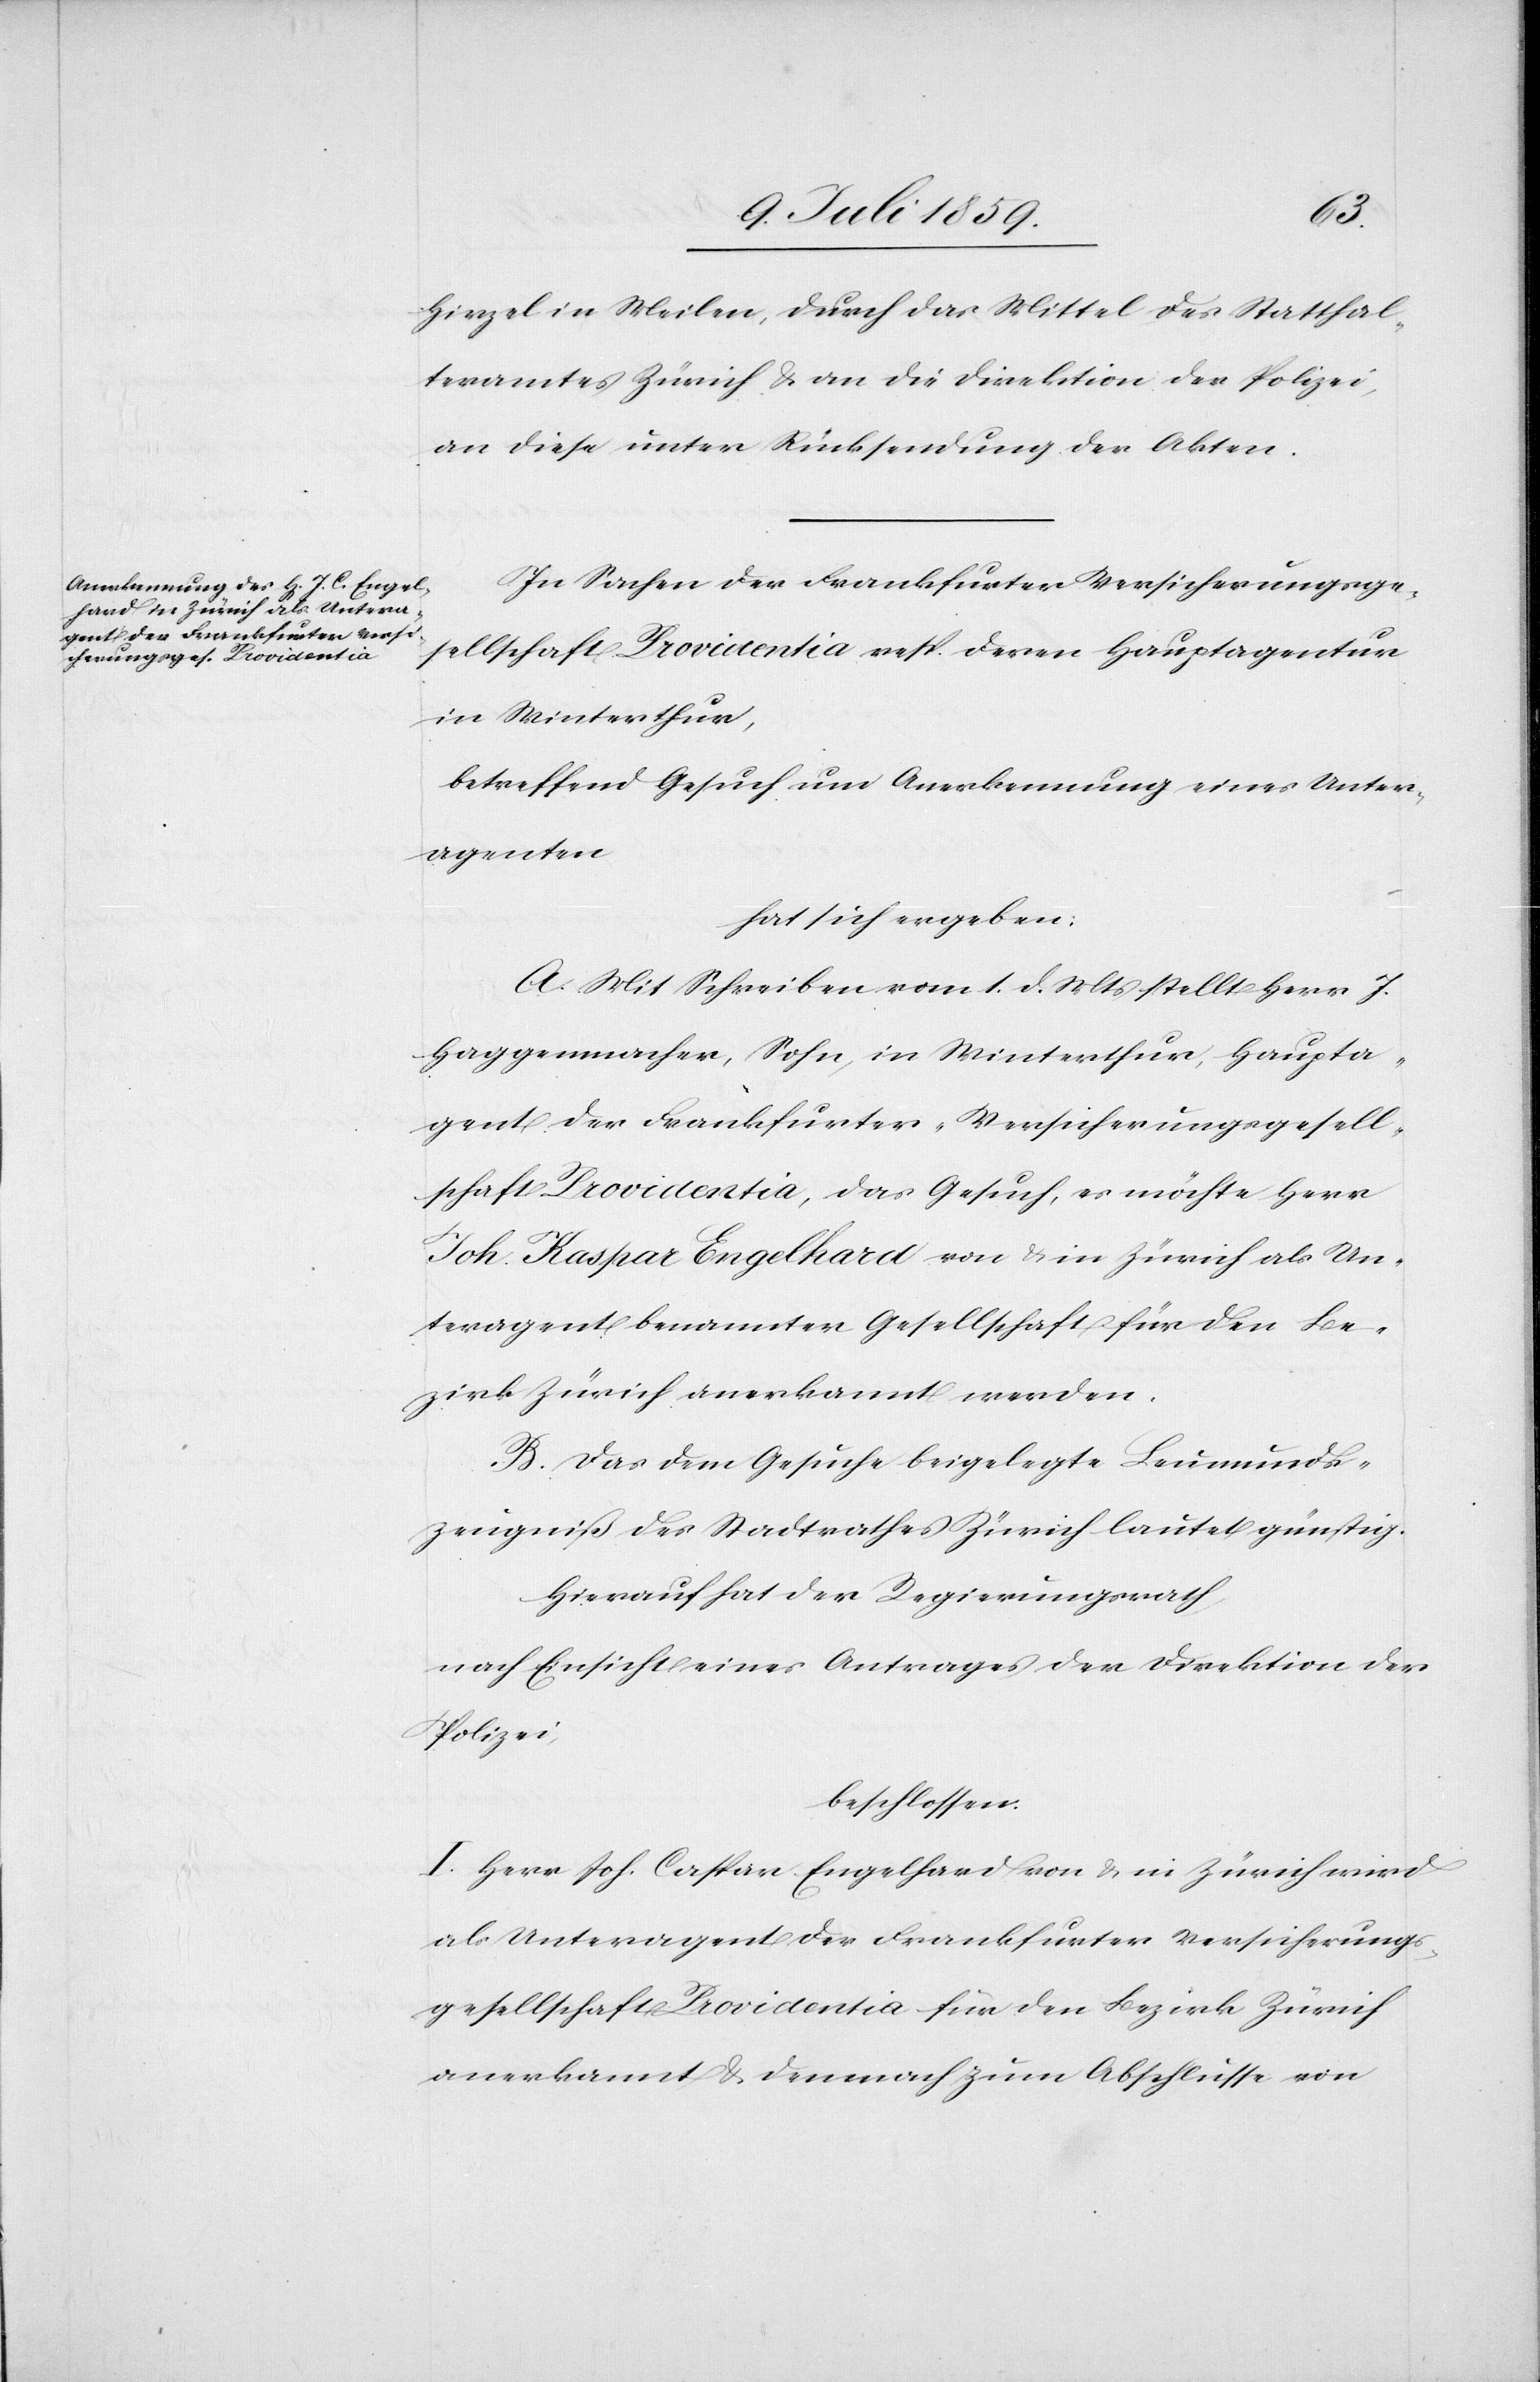
Hirzel in Meilen, durch das Mittel des Statthal¬
teramtes Zürich u. an die Direktion der Polizei,
an diese unter Rücksendung der Akten.
In Sachen der Frankfurter Versicherungsge¬
sellschaft Providentia resp. deren Hauptagentur
in Winterthur,
betreffend Gesuch um Anerkennung eines Unter¬
agenten
hat sich ergeben:
A. Mit Schreiben vom 1. d. Mts. stellt Herr J.
Haggenmacher, Sohn, in Winterthur, Haupta¬
gent der Frankfurter-Versicherungsgesell¬
schaft Providentia, das Gesuch, es möchte Herr
Joh. Kaspar [sic!] Engelhard von u. in Zürich als Un¬
teragent benannter Gesellschaft für den Be¬
zirk Zürich anerkannt werden.
B. Das dem Gesuche beigelegte Leumunds¬
zeugniß des Stadtrathes Zürich lautet günstig.
Hierauf hat der Regierungsrath,
nach Einsicht eines Antrages der Direktion der
Polizei,
beschlossen:
I. Herr Joh. Caspar Engelhard von u. in Zürich wird
als Unteragent der Frankfurter Versicherungs¬
gesellschaft Providentia für den Bezirk Zürich
anerkannt u. demnach zum Abschlusse von